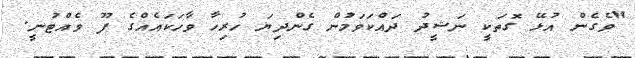
"ވެގެން އުޅޭ ގޮތަކީ ނަޝީދު ދައްކަވަމުން ގެންދިޔަ ހުރިހާ ވާހަކައެއްގެ ފޫ ވެއްޓުނީ.